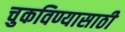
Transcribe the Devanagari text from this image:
चुकविण्यासाठी